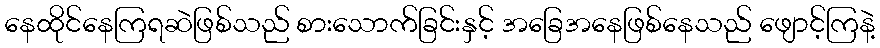
နေထိုင်နေကြရဆဲဖြစ်သည် စားသောက်ခြင်းနှင့် အခြေအနေဖြစ်နေသည် ဖျောင့်ကြနဲ့